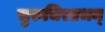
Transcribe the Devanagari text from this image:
सुरुचिरप्रभम्